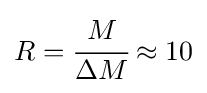
R={\cfrac {M}{\Delta M}}\approx 10